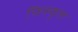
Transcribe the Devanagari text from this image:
फिस्फुल